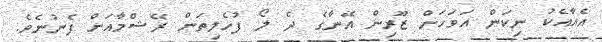
އެއާއެކު ނިކަން އަވަހަށް ޒޫރިން އޭނާގެ ދެ ލޯ ފުހެލިތަން ރޭޝްމާއަށް ފެނުނެވެ.